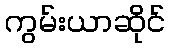
ကွမ်းယာဆိုင်